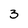
Character: 3